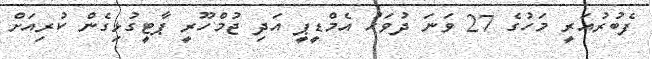
ފެބުރުއަރީ މަހުގެ 27 ވަނަ ދުވަހު އެމްޑީޕީ އަދި ޖުމްހޫރީ ޕާޓީގުޅިގެން ކުރިއަށް